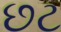
છટ